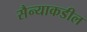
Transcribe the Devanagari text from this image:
सैन्याकडील